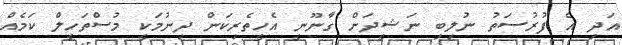
އަދި އެ ފުރުސަތު ނުލިބި ނަޝީދަށް ގާނޫނީ އެހީތެރިކަން ދިނުމަކީ މުސްތަހީލް ކަމެއް